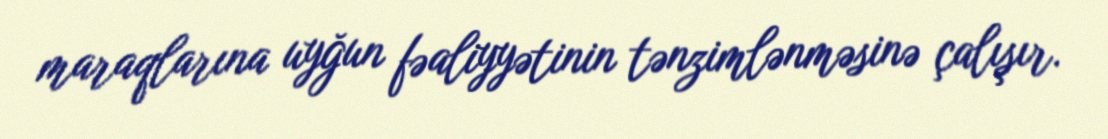
maraqlarına uyğun fəaliyyətinin tənzimlənməsinə çalışır.